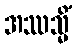
အဿသ္မိံ